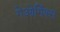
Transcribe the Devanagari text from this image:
गेओर्गिक्स